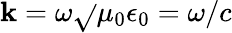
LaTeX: \mathbf{k}=\omega\sqrt{}{{\mu_{0}\epsilon_{0}}}=\omega/c